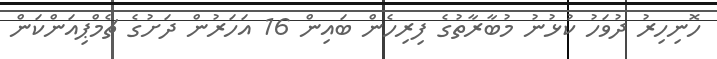
ހޮނިހިރު ދުވަހު ކުޅުނު މުބާރާތުގެ ފިރިހެން ބައިން 16 އަހަރުން ދަށުގެ ޗެމްޕިއަންކަން